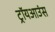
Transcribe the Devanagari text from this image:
ट्रॉयआउंस